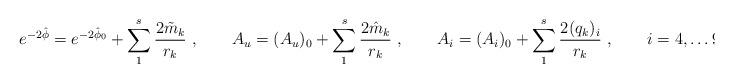
LaTeX: \begin{align*}e^{-2\hat \phi}=e^{-2\hat \phi_0} + \sum_1^s {2\tilde m_k\over r_k}\ ,\qquad A_u = (A_u)_0 +\sum_1^s {2\hat m_k\over r_k}\ , \qquad A_i = (A_i)_0 + \sum_1^s {2 (q_k)_i\over r_k}\ ,\qquad i=4, \dots 9.\end{align*}